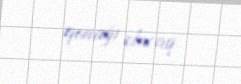
qonağı olacaq.